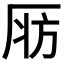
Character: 𣃞